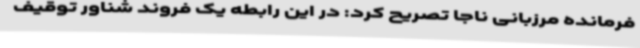
فرمانده مرزبانی ناجا تصریح کرد: در این رابطه یک فروند شناور توقیف